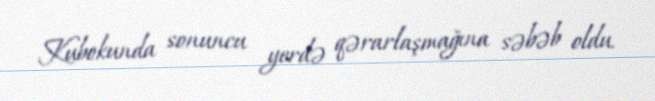
Kubokunda sonuncu yerdə qərarlaşmağına səbəb oldu.